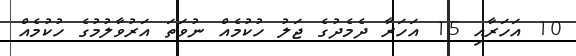
10 އަހަރާއި 15 އަހަރާ ދެމެދުގެ ޖަލު ހުކުމެއް ނުވަތަ އަރުވާލުމުގެ ހުކުމެއް